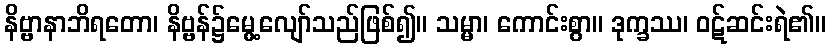
နိဗ္ဗာနာဘိရတော၊ နိဗ္ဗန်၌မွေ့လျော်သည်ဖြစ်၍။ သမ္မာ၊ ကောင်းစွာ။ ဒုက္ခဿ၊ ဝဋ်ဆင်းရဲ၏။